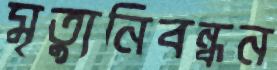
মৃত্যুনিবন্ধন